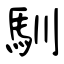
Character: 馴